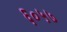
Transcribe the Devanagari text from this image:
६०५७